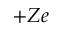
+ Z e